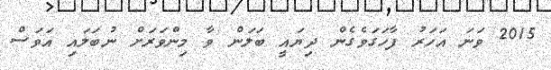
2015 ވަނަ އަހަރު ފާހަގަވެގެން ދިޔައީ ބަލަން ވާ މިންވަރަށް ނުބަލައި އަވަސް